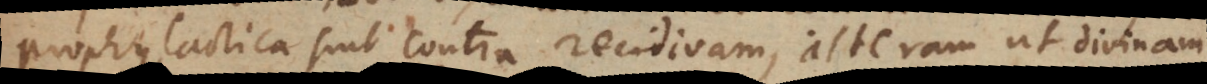
prophylactica sint contra recidivam, alteram ut divinam